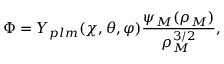
\Phi = Y _ { p l m } ( \chi , \theta , \varphi ) \frac { \psi _ { M } ( \rho _ { M } ) } { \rho _ { M } ^ { 3 / 2 } } ,